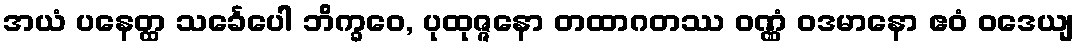
အယံ ပနေတ္ထ သင်္ခေပေါ ဘိက္ခဝေ, ပုထုဇ္ဇနော တထာဂတဿ ဝဏ္ဏံ ဝဒမာနော ဧဝံ ဝဒေယျ